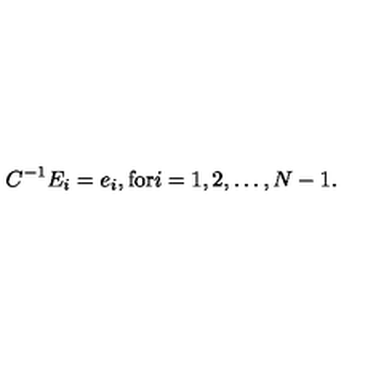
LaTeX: C ^ { - 1 } E _ { i } = e _ { i } , \mathrm { f o r } i = 1 , 2 , \ldots , N - 1 .